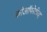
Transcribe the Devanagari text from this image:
कोऑपरेटीव्ह